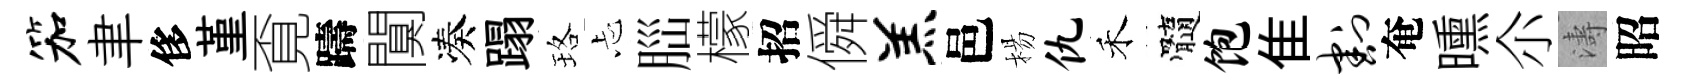
笳聿侈堇覔躊闃凑蹋珞忐𦛁檬招僢羔邑楊仇禾髓饱隹割奄曛尒濤昭